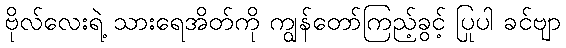
ဗိုလ်လေးရဲ့ သားရေအိတ်ကို ကျွန်တော်ကြည့်ခွင့် ပြုပါ ခင်ဗျာ